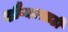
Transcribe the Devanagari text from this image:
दौऱ्यासाठी